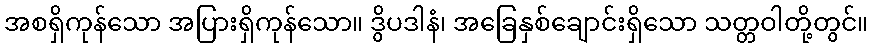
အစရှိကုန်သော အပြားရှိကုန်သော။ ဒွိပဒါနံ၊ အခြေနှစ်ချောင်းရှိသော သတ္တဝါတို့တွင်။